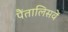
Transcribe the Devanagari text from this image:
पैंतालिसवें